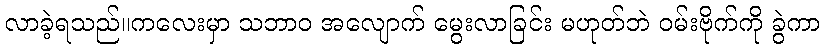
လာခဲ့ရသည်။ကလေးမှာ သဘာဝ အလျောက် မွေးလာခြင်း မဟုတ်ဘဲ ဝမ်းဗိုက်ကို ခွဲကာ